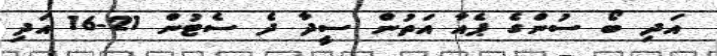
އަދި ބޯ ސުންގެ ޕެއާ އަތުން ސީދާ ދެ ސެޓުން 21-16 އަދި